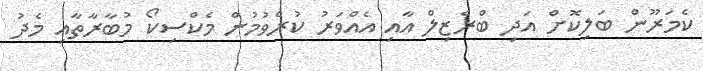
ކެމަރޫން ބަލިކޮށް އަދި ބްރެޒިލް އާއި އެއްވަރު ކުރެވުމުން މެކްސިކޯ މުބާރާތާއި މެދު